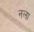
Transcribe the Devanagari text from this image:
नला